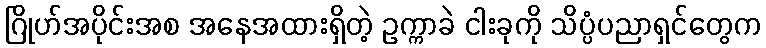
ဂြိုဟ်အပိုင်းအစ အနေအထားရှိတဲ့ ဥက္ကာခဲ ငါးခုကို သိပ္ပံပညာရှင်တွေက